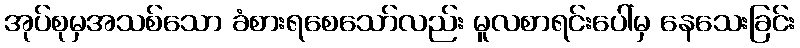
အုပ်စုမှအသစ်သော ခံစားရစေသော်လည်း မူလစာရင်းပေါ်မှ နေသေးခြင်း